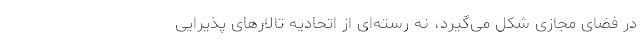
در فضای مجازی شکل می‌گیرد، نه رَسته‌ای از اتحادیه تالارهای پذیرایی